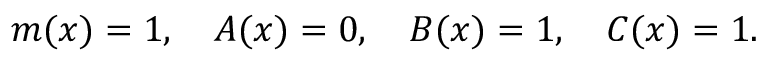
m ( x ) = 1 , \ \ \ A ( x ) = 0 , \ \ \ B ( x ) = 1 , \ \ \ C ( x ) = 1 .